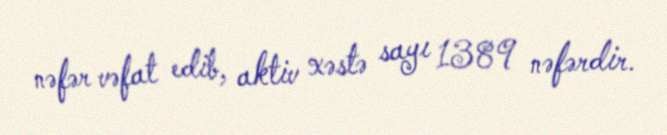
nəfər vəfat edib, aktiv xəstə sayı 1389 nəfərdir.